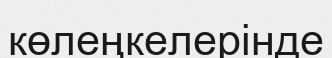
көлеңкелерінде